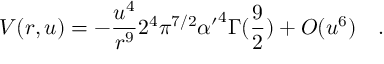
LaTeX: V ( r , u ) = - { \frac { u ^ { 4 } } { r ^ { 9 } } } 2 ^ { 4 } \pi ^ { 7 / 2 } { \alpha ^ { \prime } } ^ { 4 } \Gamma ( { \frac { 9 } { 2 } } ) + O ( u ^ { 6 } ) \quad .